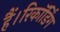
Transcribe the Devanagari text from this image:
हैं।रिकॉर्डिंग